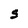
Character: 5